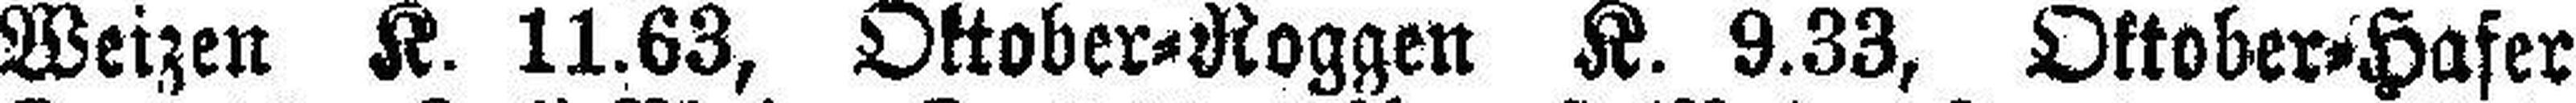
Weizen K. 11.63, Oktober=Roggen K. 9.33, Oktober=Hafer